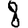
Digit: 8